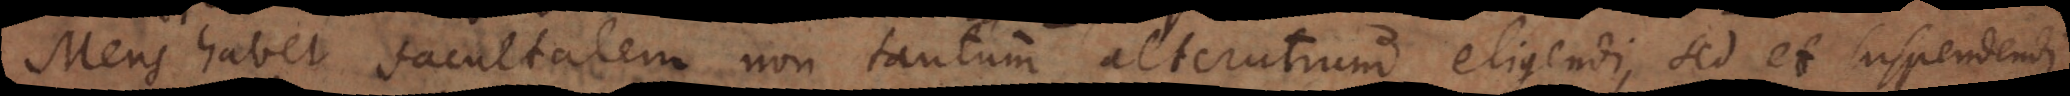
Mens habet facultatem non tantum alterutrum eligendi, sed et suspendendi